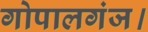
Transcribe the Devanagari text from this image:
गोपालगंज।